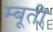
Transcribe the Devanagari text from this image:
म्बूती